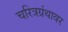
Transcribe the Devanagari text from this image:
चरित्रग्रंथावर